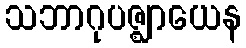
သဘာဂုပဇ္ဈာယေန